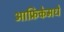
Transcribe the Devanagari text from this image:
आफ्रिकेमधे